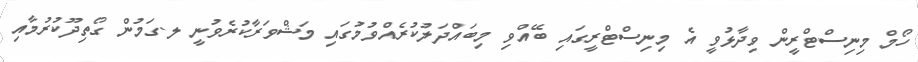
ހޯމް މިނިސްޓްރީން ވިދާޅުވީ އެ މިނިސްޓްރީގައި ބޭއްވި މިބައްދަލުކުރެއްވުމުގައި މަޝްވަރާކުރެވުނީ ލ.ގަމުން ގޯތިދޫކުރުމާއި